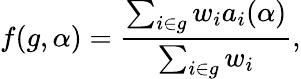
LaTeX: f(g,\alpha)=\frac{\sum_{i\in g}w_{i}a_{i}(\alpha)}{\sum_{i\in g}w_{i}},